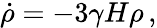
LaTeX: \dot{\rho}=-3\gamma H\rho\, ,